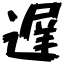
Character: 遅